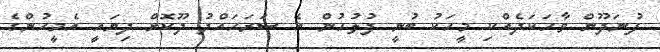
ފުނަދޫން ވާހަކަދެއްކި މީހަކު ބުނީ ފުލުހުން އެ ސަރަހައްދު ދޫކޮށް ދިޔައީ އެމީހުންގެ